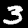
Label: 3